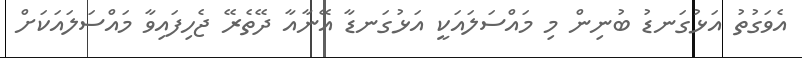
އެވަގުތު އަޅުގަނޑު ބުނިން މި މައްސަލައަކީ އަޅުގަނޑާ އޭނާއާ ދޭތެރޭ ޖެހިފައިވާ މައްސަލައަކަށް